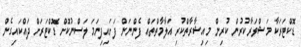
ޑޮކްޓަރަކާ މަޝްވަރާކުރުން ކުރިން މިއިޝާރާތްކުރި އަލާމާތްތައް ފެންނަން ފަށައިފިނަމަ ލަސްނުކޮށް ޑޮކްޓަރަށް ދައްކައިގެން